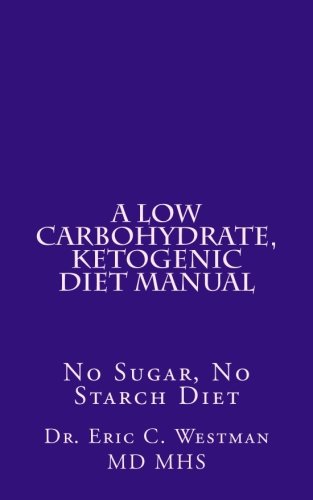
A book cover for A Low Carbohydrate, Ketogenic Diet Manual: No Sugar, No Starch Diet; Dr. Eric C. Westman M.D.; Health, Fitness & Dieting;